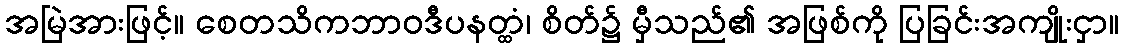
အမြဲအားဖြင့်။ စေတသိကဘာဝဒီပနတ္ထံ၊ စိတ်၌ မှီသည်၏ အဖြစ်ကို ပြခြင်းအကျိုးငှာ။